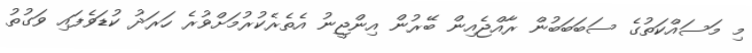
މި މަސައްކަތުގެ ސަބަބަބުން ރާއްޖެއިން ބޭރުން އިންޖީނު އެތެރެކުރުމަށްވުރެ ހަރަދު ކުޑަވެފައި ވަގުތު